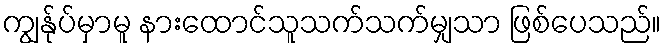
ကျွန်ုပ်မှာမူ နားထောင်သူသက်သက်မျှသာ ဖြစ်ပေသည်။